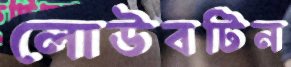
লোউবটিন